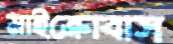
মাইক্রোবাস